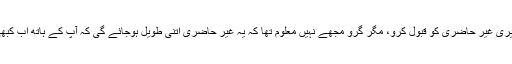
ان کا کہنا تھا کہ ایک بار طبیعت سنبھل جائے تو پھر دوبارہ لکھنے کے کام کا آغاز کروں گا، تب تک میری غیر حاضری کو قبول کرو، مگر گرو مجھے نہیں معلوم تھا کہ یہ غیر حاضری اتنی طویل ہوجائے گی کہ آپ کے ہاتھ اب کبھی اس قلم کو جنبش نہیں دے پائیں گے جس سے آپ نے نئے نئے خیالات اپنے پڑھنے والوں تک پہچائے۔